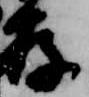
存